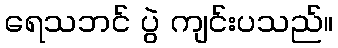
ရေသဘင် ပွဲ ကျင်းပသည်။